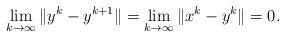
LaTeX: \begin{align*}&\lim_{k\to\infty}\|y^k-y^{k+1}\|=\lim_{k\to\infty}\|x^k-y^{k}\|=0.\end{align*}